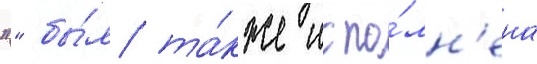
"" бы́л та́кже испо́лн'ена